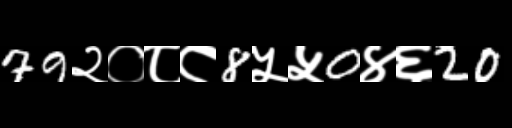
Text: 79२०८८8५५0४६20